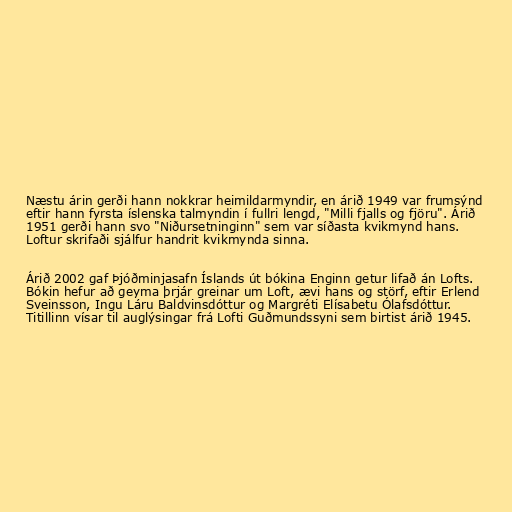
Næstu árin gerði hann nokkrar heimildarmyndir, en árið 1949 var frumsýnd
eftir hann fyrsta íslenska talmyndin í fullri lengd, "Milli fjalls og fjöru". Árið
1951 gerði hann svo "Niðursetninginn" sem var síðasta kvikmynd hans.
Loftur skrifaði sjálfur handrit kvikmynda sinna.

Árið 2002 gaf Þjóðminjasafn Íslands út bókina Enginn getur lifað án Lofts.
Bókin hefur að geyma þrjár greinar um Loft, ævi hans og störf, eftir Erlend
Sveinsson, Ingu Láru Baldvinsdóttur og Margréti Elísabetu Ólafsdóttur.
Titillinn vísar til auglýsingar frá Lofti Guðmundssyni sem birtist árið 1945.